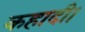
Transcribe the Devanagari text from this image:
कहादी।